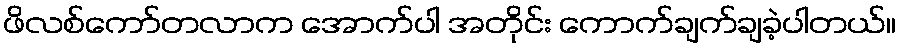
ဖိလစ်ကော်တလာက အောက်ပါ အတိုင်း ကောက်ချက်ချခဲ့ပါတယ်။